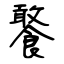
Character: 饏